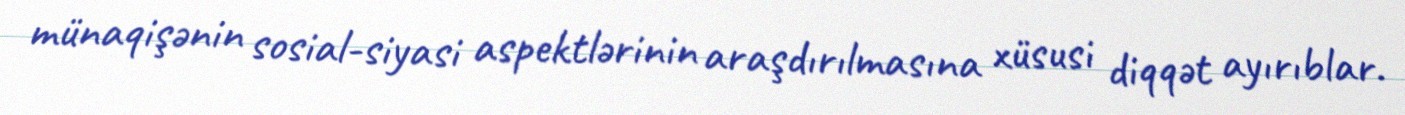
münaqişənin sosial-siyasi aspektlərinin araşdırılmasına xüsusi diqqət ayırıblar.